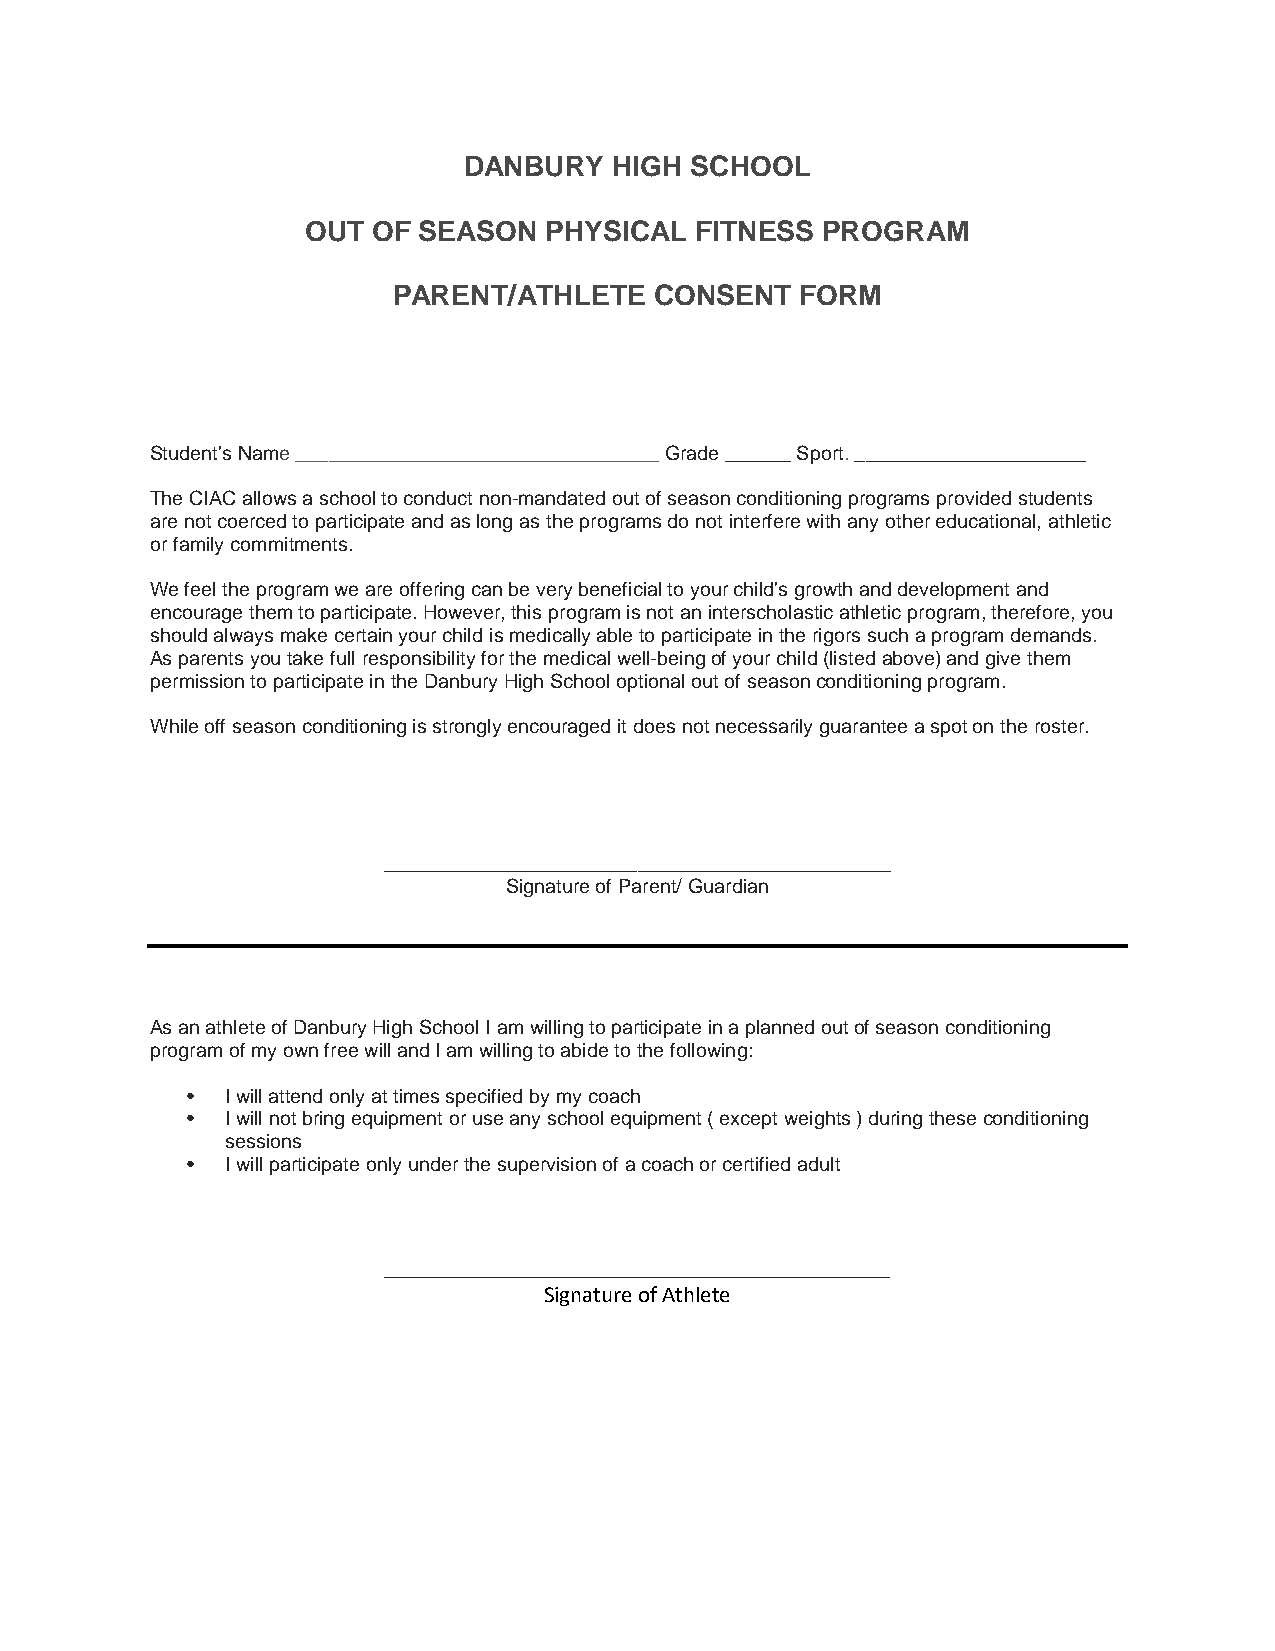
DANBURY   HIGH SCHOOL
 OUT  OF SEASON  PHYSICAL  FITNESS PROGRAM
 PARENT/ATHLETE   CONSENT   FORM
 Student's Name _________________________________ Grade ______ Sport. _____________________
 The CIAC allows a school to conduct non-mandated out of season conditioning programs provided students
 are not coerced to participate and as long as the programs do not interfere with any other educational, athletic
 or family commitments.
 We feel the program we are offering can be very beneficial to your child's growth and development and
 encourage them to participate. However, this program is not an interscholastic athletic program, therefore, you
 should always make certain your child is medically able to participate in the rigors such a program demands.
 As parents you take full responsibility for the medical well-being of your child (listed above) and give them
 permission to participate in the Danbury High School optional out of season conditioning program.
 While off season conditioning is strongly encouraged it does not necessarily guarantee a spot on the roster.
 ______________________________________________
 Signature of Parent/ Guardian
 As an athlete of Danbury High School I am willing to participate in a planned out of season conditioning
 program of my own free will and I am willing to abide to the following:
 •  I will attend only at times specified by my coach
 •  I will not bring equipment or use any school equipment ( except weights ) during these conditioning
 sessions
 •  I will participate only under the supervision of a coach or certified adult
 ______________________________________________
 Signature of Athlete